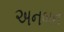
અનબન